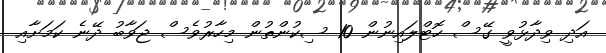
އަދި ވިދާޅުވީ ގޭސް ހޮޓްލައިނުން 10 ސިކުންތުން މިހާރުވެސް ޖަވާބު ދޭނެ ކަމަށާއި